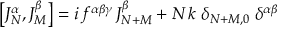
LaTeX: \left[ J _ { N } ^ { \alpha } , J _ { M } ^ { \beta } \right] = i \, f ^ { \alpha \beta \gamma } \, J _ { N + M } ^ { \beta } + N \, k \; \delta _ { N + M , 0 } \; \delta ^ { \alpha \beta }